Problem: 3 × 4 = ?
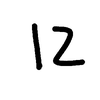
Handwritten answer: 12